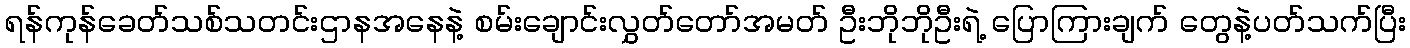
ရန်ကုန်ခေတ်သစ်သတင်းဌာနအနေနဲ့ စမ်းချောင်းလွှတ်တော်အမတ် ဦးဘိုဘိုဦးရဲ့ ပြောကြားချက် တွေနဲ့ပတ်သက်ပြီး